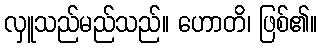
လှူသည်မည်သည်။ ဟောတိ၊ ဖြစ်၏။